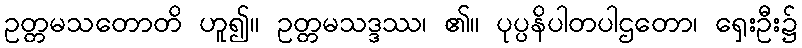
ဥတ္တမသတောတိ ဟူ၍။ ဥတ္တမသဒ္ဒဿ၊ ၏။ ပုပ္ပနိပါတပါဌတော၊ ရှေးဦး၌